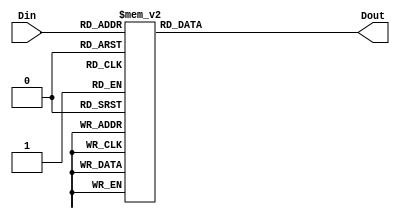
module Decoder3to8(Din, Dout);
input [2:0] Din;
output [7:0] Dout;
reg [7:0] Dout;

always@(Din)
	case(Din)
		3'b000: //3'd0
			Dout = 8'b00000001;
		3'b001: //3'd1
			Dout = 8'b00000010;
		3'b010: //3'd2
			Dout = 8'b00000100;
		3'b011: //3'd3
			Dout = 8'b00001000;
		3'b100: //3'd4
			Dout = 8'b00010000;
		3'b101: //3'd5
			Dout = 8'b00100000;
		3'b110: //3'd6
			Dout = 8'b01000000;
		3'b111: //3'd7
			Dout = 8'b10000000;
	endcase

endmodule